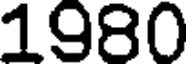
1980